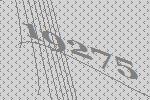
19275